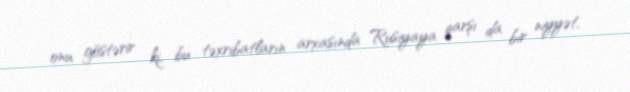
onu göstərir ki, bu təxribatların arxasında Rusiyaya qarşı da bir niyyət,